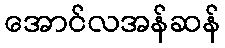
အောင်လအန်ဆန်